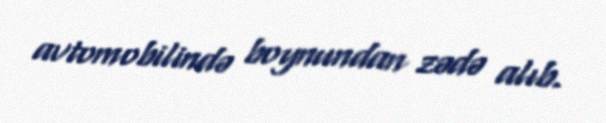
avtomobilində boynundan zədə alıb.